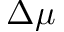
\Delta \boldsymbol { \mu }